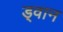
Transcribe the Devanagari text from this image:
ड्वान